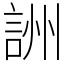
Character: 詶